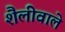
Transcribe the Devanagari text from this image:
शैलीवाले